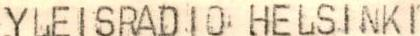
YLEISRADIO HELSINKI